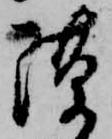
隙